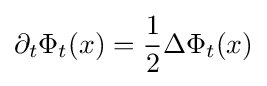
\partial _{t}\Phi _{t}(x)={\frac {1}{2}}\Delta \Phi _{t}(x)